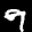
Label: 9